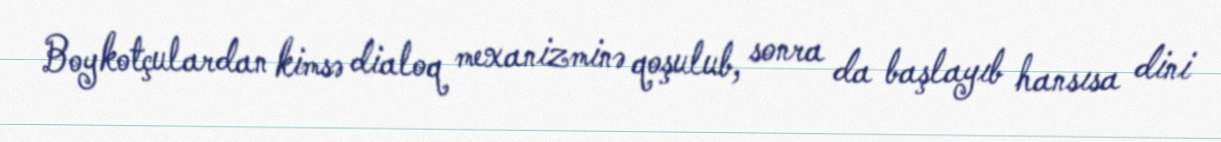
Boykotçulardan kimsə dialoq mexanizminə qoşulub, sonra da başlayıb hansısa dini